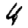
Digit: 4